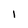
Character: 1